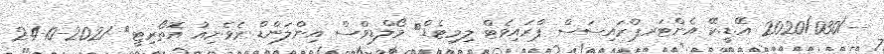
--/2020/030 އޭ.ޑީ.ކޭ އެންޓަރޕްރައިސަސް ޕްރައިވެޓް ލިމިޓެޑް	 މޯލްޑިވްސް އިންލަންޑް ރެވެނިއު އޮތޯރިޓީ	 2021-10-24